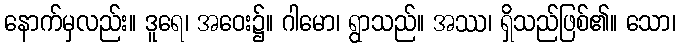
နောက်မှလည်း။ ဒူရေ၊ အဝေး၌။ ဂါမော၊ ရွာသည်။ အဿ၊ ရှိသည်ဖြစ်၏။ သော၊